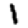
Digit: 1